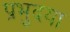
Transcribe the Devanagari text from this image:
प्रभुदया